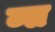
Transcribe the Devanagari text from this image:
ब्स